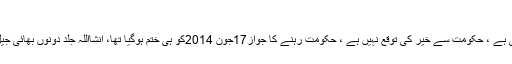
انشااللہ جلد دونوں بھائی جیل میں ہوں گے
ڈاکٹر طاہرالقادری کا کہنا تھا کہ حکومت لوگوں کے جان ومال سے کھیل رہی ہے ، حکومت سے خیر کی توقع نہیں ہے ، حکومت رہنے کا جواز17جون 2014کو ہی ختم ہوگیا تھا، انشااللہ جلد دونوں بھائی جیل میں ہوں گے ، بڑابھائی پاناماکیس،چھوٹااب ماڈل ٹاؤن کیس میں پکڑاجائیگا۔